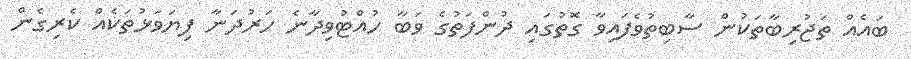
ބައެއް ތަޖުރިބާތަކުން ސާބިތުވެފައިވާ ގޮތުގައި ދުންފަތުގެ ވަބާ ހުއްޓުވިދާނެ ހަރުދަނާ ފިޔަވަޅުތަކެއް ކެރިގެން